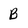
Character: B